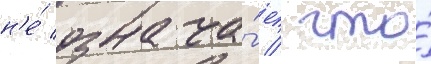
н'е́ означа́ет / что́